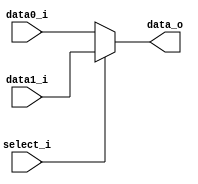
module Mux32
(
    data0_i,
    data1_i,
    select_i,
    data_o
);

input   [31:0]  data0_i;
input   [31:0]  data1_i;
input           select_i;
output  [31:0]  data_o;

assign data_o = select_i ? data1_i : data0_i;

endmodule